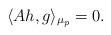
LaTeX: \begin{align*} \langle Ah, g \rangle_{\mu_p} = 0. \end{align*}